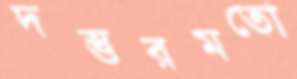
দস্তুরমতো